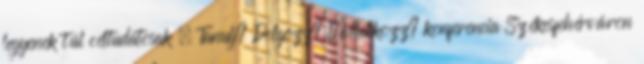
legyenek túl céltudatosak – Tanulj? Dolgozz? Vállalkozz? konferencia Székesfehérváron